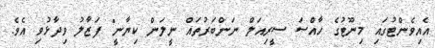
އެއިވެންޓުގައި މިނޫޓުގެ ހާއްސަ ސީރިއަލް ނަންބަރުތައް ނީލަން ކިޔާނީ" ފަޒާލު ވިދާޅުވި އެވެ.